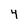
Character: 4